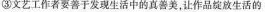
③文艺工作者要善于发现生活中的真善美。让作品绽放生活的